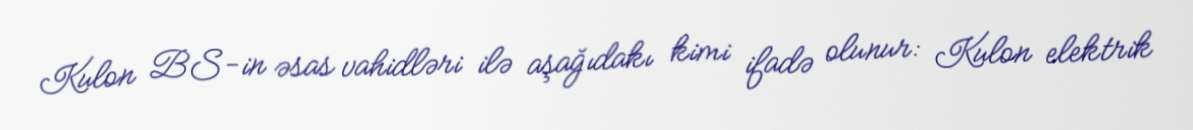
Kulon BS-in əsas vahidləri ilə aşağıdakı kimi ifadə olunur: Kulon elektrik